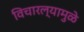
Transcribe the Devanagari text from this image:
विचारल्यामुळे